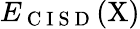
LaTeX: E_{\mathrm{~C~I~S~D~}}(\mathrm{X})